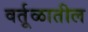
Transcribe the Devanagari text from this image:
वर्तूळातील